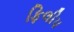
ફિલીપ